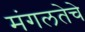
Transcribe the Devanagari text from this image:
मंगलतेचे